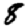
Digit: 8